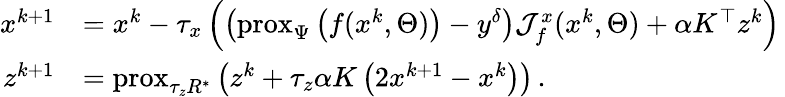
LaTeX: \begin{array}{rl}{x^{k+1}}&{=x^{k}-\tau_{x}\left(\left(\mathrm{prox}_{\Psi}\left(f(x^{k},\Theta)\right)-y^{\delta}\right)\mathcal{J}_{f}^{x}(x^{k},\Theta)+\alpha K^{\top}z^{k}\right)\, }\\ {z^{k+1}}&{=\mathrm{prox}_{\tau_{z}R^{\ast}}\left(z^{k}+\tau_{z}\alpha K\left(2x^{k+1}-x^{k}\right)\right)\, .}\end{array}